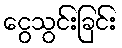
ငွေသွင်းခြင်း